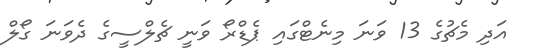
އަދި މެޗުގެ 13 ވަނަ މިނެޓްގައި ޕެޑްރޯ ވަނީ ޗެލްސީގެ ދެވަނަ ގޯލް